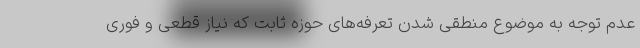
عدم توجه به موضوع منطقی شدن تعرفه‌های حوزه ثابت که نیاز قطعی و فوری